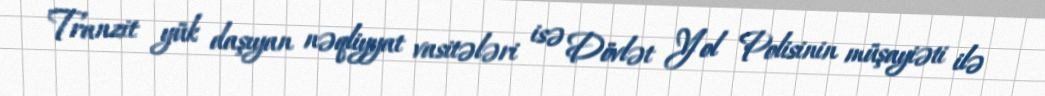
Tranzit yük daşıyan nəqliyyat vasitələri isə Dövlət Yol Polisinin müşayiəti ilə